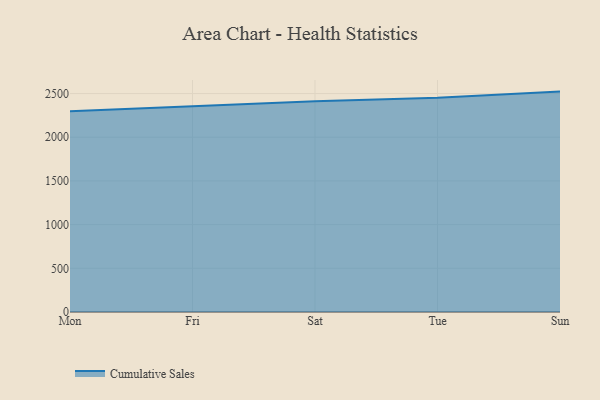
{"axis": {"x": "Day", "y": "Churn Rate (%)"}, "legend": ["Cumulative Sales"], "data": [{"x": "Mon", "y": 2298.5, "type": "Cumulative Sales"}, {"x": "Fri", "y": 2358.1, "type": "Cumulative Sales"}, {"x": "Sat", "y": 2412.4, "type": "Cumulative Sales"}, {"x": "Tue", "y": 2451.3, "type": "Cumulative Sales"}, {"x": "Sun", "y": 2522.2, "type": "Cumulative Sales"}]}